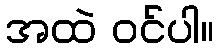
အထဲ ဝင်ပါ။